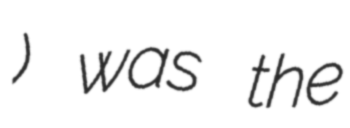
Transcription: راد) was the